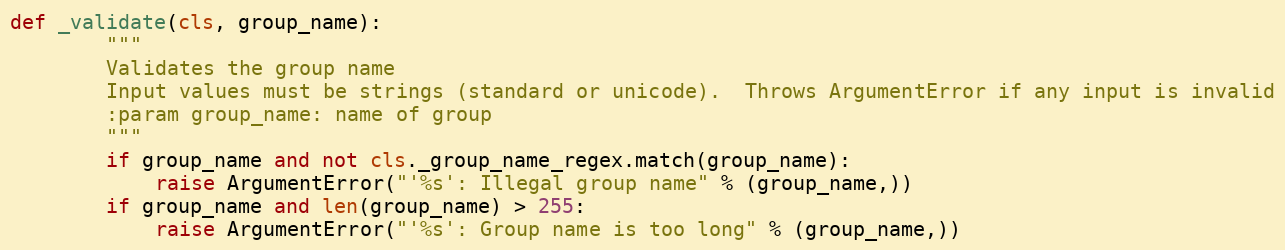
Language: Python
def _validate(cls, group_name):
        """
        Validates the group name
        Input values must be strings (standard or unicode).  Throws ArgumentError if any input is invalid
        :param group_name: name of group
        """
        if group_name and not cls._group_name_regex.match(group_name):
            raise ArgumentError("'%s': Illegal group name" % (group_name,))
        if group_name and len(group_name) > 255:
            raise ArgumentError("'%s': Group name is too long" % (group_name,))